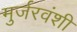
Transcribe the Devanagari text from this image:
मुर्जरवंशी